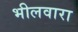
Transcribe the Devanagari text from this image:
भीलवारा